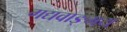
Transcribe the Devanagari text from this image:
गद्यवाङ्‌मय